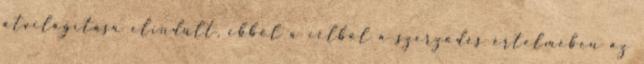
átvilágítása elindult, ebből a célból a szerződés értelmében az